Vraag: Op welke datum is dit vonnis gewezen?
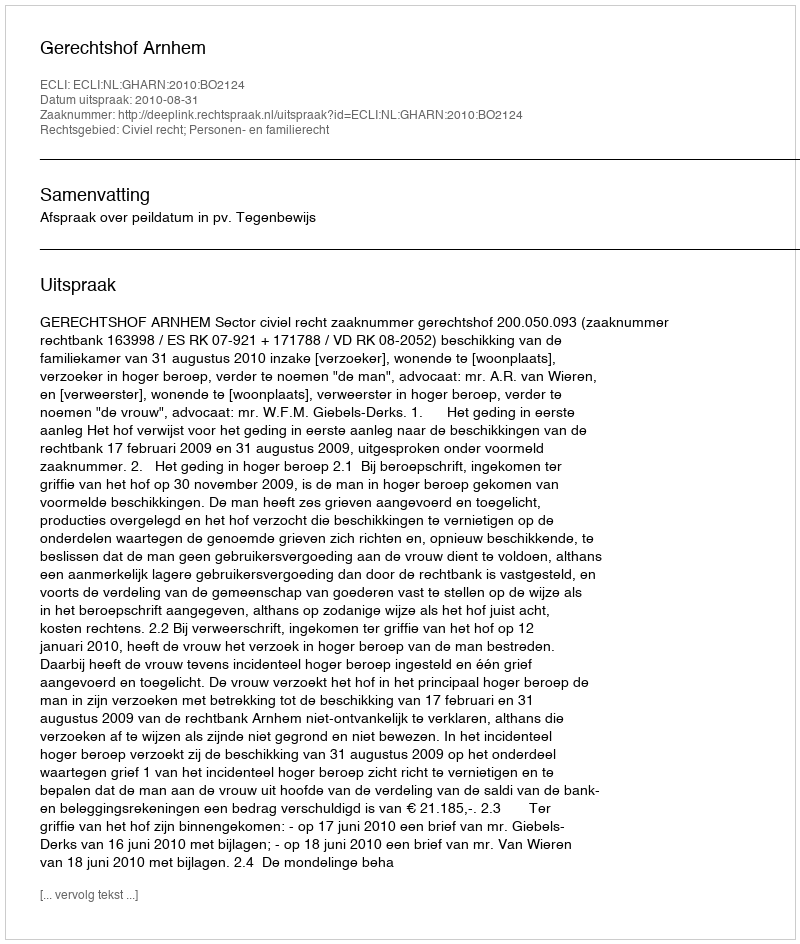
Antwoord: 2010-08-31